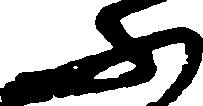
ふ